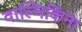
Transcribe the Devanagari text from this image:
वाल्मिकिंना